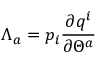
\Lambda _ { a } = p _ { i } \frac { \partial q ^ { i } } { \partial \Theta ^ { a } }